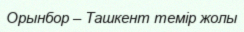
Орынбор – Ташкент темір жолы